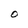
Character: O